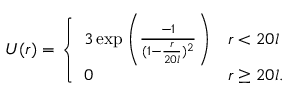
\begin{array} { r } { U ( r ) = \left\{ \begin{array} { l l } { 3 \exp \left( \frac { - 1 } { ( 1 - \frac { r } { 2 0 l } ) ^ { 2 } } \right) } & { r < 2 0 l } \\ { 0 } & { r \geq 2 0 l . } \end{array} \right. } \end{array}